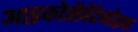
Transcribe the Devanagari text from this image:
आइकोसैपेंटेनोइक